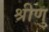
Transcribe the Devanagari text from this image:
श्रीणु